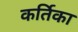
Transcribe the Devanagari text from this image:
कर्तिका